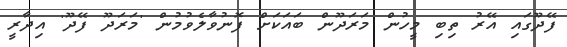
ފޭދޫގައި އޭރު ތިބި މީހުން މަރަދޫން ބައަކަށް ފޮނުވާލެވުމުން 'މަރަދޫ ފޭދޫ' އިދާރީ